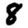
Digit: 8